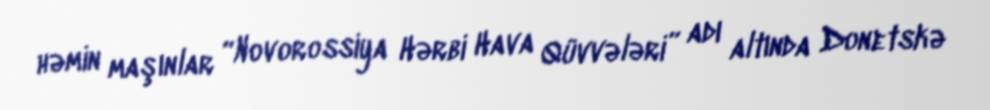
həmin maşınlar “Novorossiya Hərbi Hava Qüvvələri” adı altında Donetskə